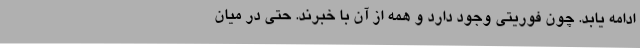
ادامه یابد. چون فوریتی وجود دارد و همه از آن با خبرند. حتی در میان